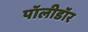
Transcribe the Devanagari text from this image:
पॉलीडॉर